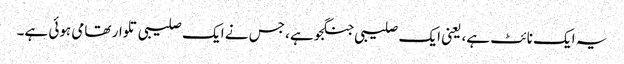
یہ ایک نائٹ ہے، یعنی ایک صلیبی جنگجو ہے، جس نے ایک صلیبی تلوار تھامی ہوئی ہے۔